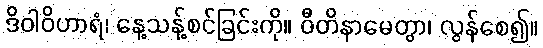
ဒိဝါဝိဟာရံ၊ နေ့သန့်စင်ခြင်းကို။ ဝီတိနာမေတွာ၊ လွန်စေ၍။